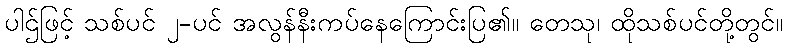
ပါဌ်ဖြင့် သစ်ပင် ၂-ပင် အလွန်နီးကပ်နေကြောင်းပြ၏။ တေသု၊ ထိုသစ်ပင်တို့တွင်။